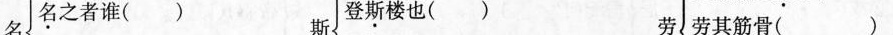
名 名之者谁（ ） 登斯楼也（ ）劳 劳其筋骨（ ）